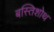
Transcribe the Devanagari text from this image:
बस्तिशोथ